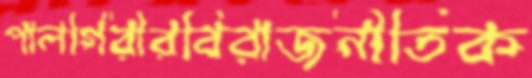
পালগিরীরবিরাজনীতিক